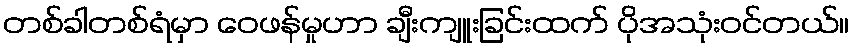
တစ်ခါတစ်ရံမှာ ဝေဖန်မှုဟာ ချီးကျူးခြင်းထက် ပိုအသုံးဝင်တယ်။